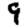
Digit: 9